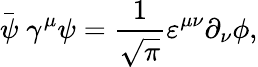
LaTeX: \stackrel{\_ }{\psi}\gamma^{\mu}\psi=\frac{1}{\sqrt{\pi}}\varepsilon^{\mu\nu}\partial_{\nu}\phi,